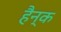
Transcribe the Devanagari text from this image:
हैन्क